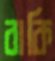
বাকি